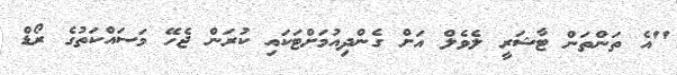
"އެ ތަންތަން ޓާޝަރީ ލެވެލް އަށް ގެންދިއުމަށްޓަކައި ކުރަން ޖެހޭ މަސައްކަތުގެ ރޯޑް